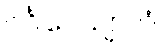
ဂင်္ဂါပေယျာလံ